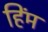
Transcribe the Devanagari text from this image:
हिंम